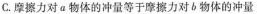
C.摩擦力对a物体的冲量等于摩擦力对b物体的冲量